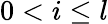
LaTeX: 0<i\leq l